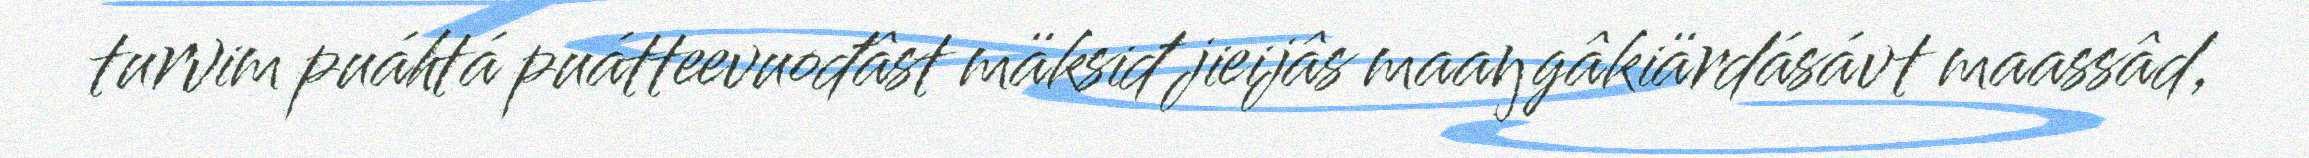
turvim puáhtá puátteevuođâst mäksiđ jieijâs maaŋgâkiärdásávt maassâd,